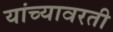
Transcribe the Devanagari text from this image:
यांच्यावरती